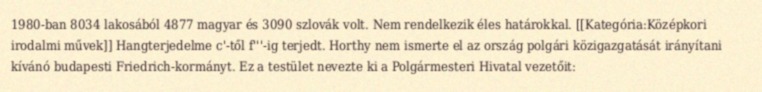
1980-ban 8034 lakosából 4877 magyar és 3090 szlovák volt. Nem rendelkezik éles határokkal. [[Kategória:Középkori irodalmi művek]] Hangterjedelme c'-től f'''-ig terjedt. Horthy nem ismerte el az ország polgári közigazgatását irányítani kívánó budapesti Friedrich-kormányt. Ez a testület nevezte ki a Polgármesteri Hivatal vezetőit: